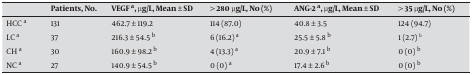
|  | Patients, No. | VEGF a, μg/L, Mean ± SD | > 280 μg/L, No (%) | ANG-2 a, μg/L, Mean ± SD | > 35 μg/L, No (%) |
 | --- | --- | --- | --- | --- | --- |
 | HCC a | 131 | 462.7 ± 119.2 | 114 (87.0) | 40.8 ± 3.5 | 124 (94.7) |
 | LC a | 37 | 216.3 ± 54.5 b | 6 (16.2) a | 25.5 ± 5.8 b | 1 (2.7) b |
 | CH a | 30 | 160.9 ± 98.2 b | 4 (13.3) a | 20.9 ± 7.1 b | 0 (0) b |
 | NC a | 27 | 140.9 ± 54.5 b | 0 (0) a | 17.4 ± 2.6 b | 0 (0) b |